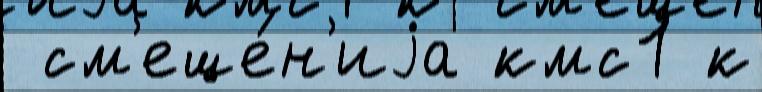
 см'еще́н'иjа кмс1 к